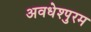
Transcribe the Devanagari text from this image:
अवधेश्पुरम